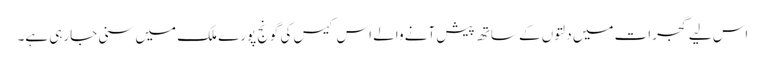
اس لیے گجرات میں دلتوں کے ساتھ پیش آنے والے اس کیس کی گونج پورے ملک میں سنی جارہی ہے۔